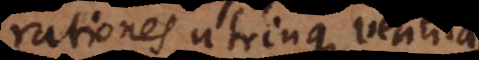
rationes utrinque ventila